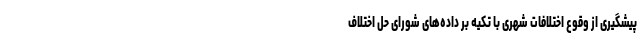
پیشگیری از وقوع اختلافات شهری با تکیه بر داده‌های شورای حل اختلاف